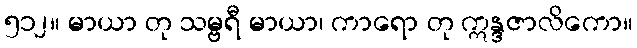
၅၁၂။ မာယာ တု သမ္ဗရီ မာယာ၊ ကာရော တု ဣန္ဒဇာလိကော။